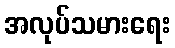
အလုပ်သမားရေး